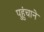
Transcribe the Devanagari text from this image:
पहुुंचाने